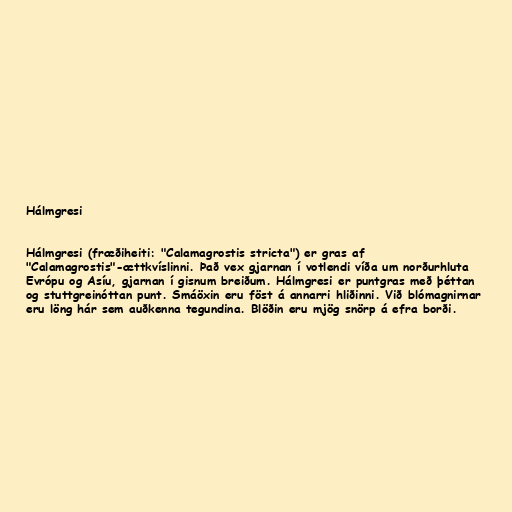
Hálmgresi

Hálmgresi (fræðiheiti: "Calamagrostis stricta") er gras af
"Calamagrostis"-ættkvíslinni. Það vex gjarnan í votlendi víða um norðurhluta
Evrópu og Asíu, gjarnan í gisnum breiðum. Hálmgresi er puntgras með þéttan
og stuttgreinóttan punt. Smáöxin eru föst á annarri hliðinni. Við blómagnirnar
eru löng hár sem auðkenna tegundina. Blöðin eru mjög snörp á efra borði.